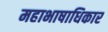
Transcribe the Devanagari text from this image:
महाभाषाधिकार